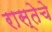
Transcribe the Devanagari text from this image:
रास्तेचे